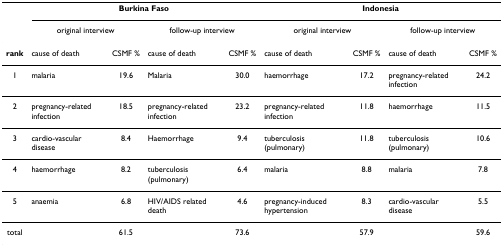
<table><thead><tr><td></td><td colspan="4"><b>Burkina Faso</b></td><td colspan="4"><b>Indonesia</b></td></tr><tr><td></td><td colspan="2"><b>original interview</b></td><td colspan="2"><b>follow-up interview</b></td><td colspan="2"><b>original interview</b></td><td colspan="2"><b>follow-up interview</b></td></tr></thead><tbody><tr><td><b>rank</b></td><td>cause of death</td><td>CSMF %</td><td>cause of death</td><td>CSMF %</td><td>cause of death</td><td>CSMF %</td><td>cause of death</td><td>CSMF %</td></tr><tr><td>1</td><td>malaria</td><td>19.6</td><td>Malaria</td><td>30.0</td><td>haemorrhage</td><td>17.2</td><td>pregnancy-related infection</td><td>24.2</td></tr><tr><td>2</td><td>pregnancy-related infection</td><td>18.5</td><td>pregnancy-related infection</td><td>23.2</td><td>pregnancy-related infection</td><td>11.8</td><td>haemorrhage</td><td>11.5</td></tr><tr><td>3</td><td>cardio-vascular disease</td><td>8.4</td><td>Haemorrhage</td><td>9.4</td><td>tuberculosis (pulmonary)</td><td>11.8</td><td>tuberculosis (pulmonary)</td><td>10.6</td></tr><tr><td>4</td><td>haemorrhage</td><td>8.2</td><td>tuberculosis (pulmonary)</td><td>6.4</td><td>malaria</td><td>8.8</td><td>malaria</td><td>7.8</td></tr><tr><td>5</td><td>anaemia</td><td>6.8</td><td>HIV/AIDS related death</td><td>4.6</td><td>pregnancy-induced hypertension</td><td>8.3</td><td>cardio-vascular disease</td><td>5.5</td></tr><tr><td>total</td><td></td><td>61.5</td><td></td><td>73.6</td><td></td><td>57.9</td><td></td><td>59.6</td></tr></tbody></table>